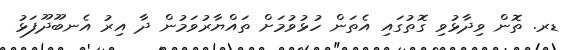
ޑރ. ތޮން ވިދާޅުވި ގޮތުގައި އެތަން ހުޅުވުމަށް ތައްޔާރުވަމުން ދާ އިރު އެނބޫދޫފަޅު